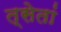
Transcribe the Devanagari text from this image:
त्सेतां